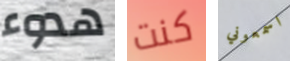
هدوء كنت اسمعوني